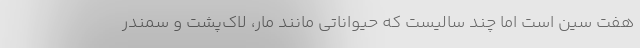
هفت سین است اما چند سالیست که حیواناتی مانند مار، لاک‌پشت و سمندر